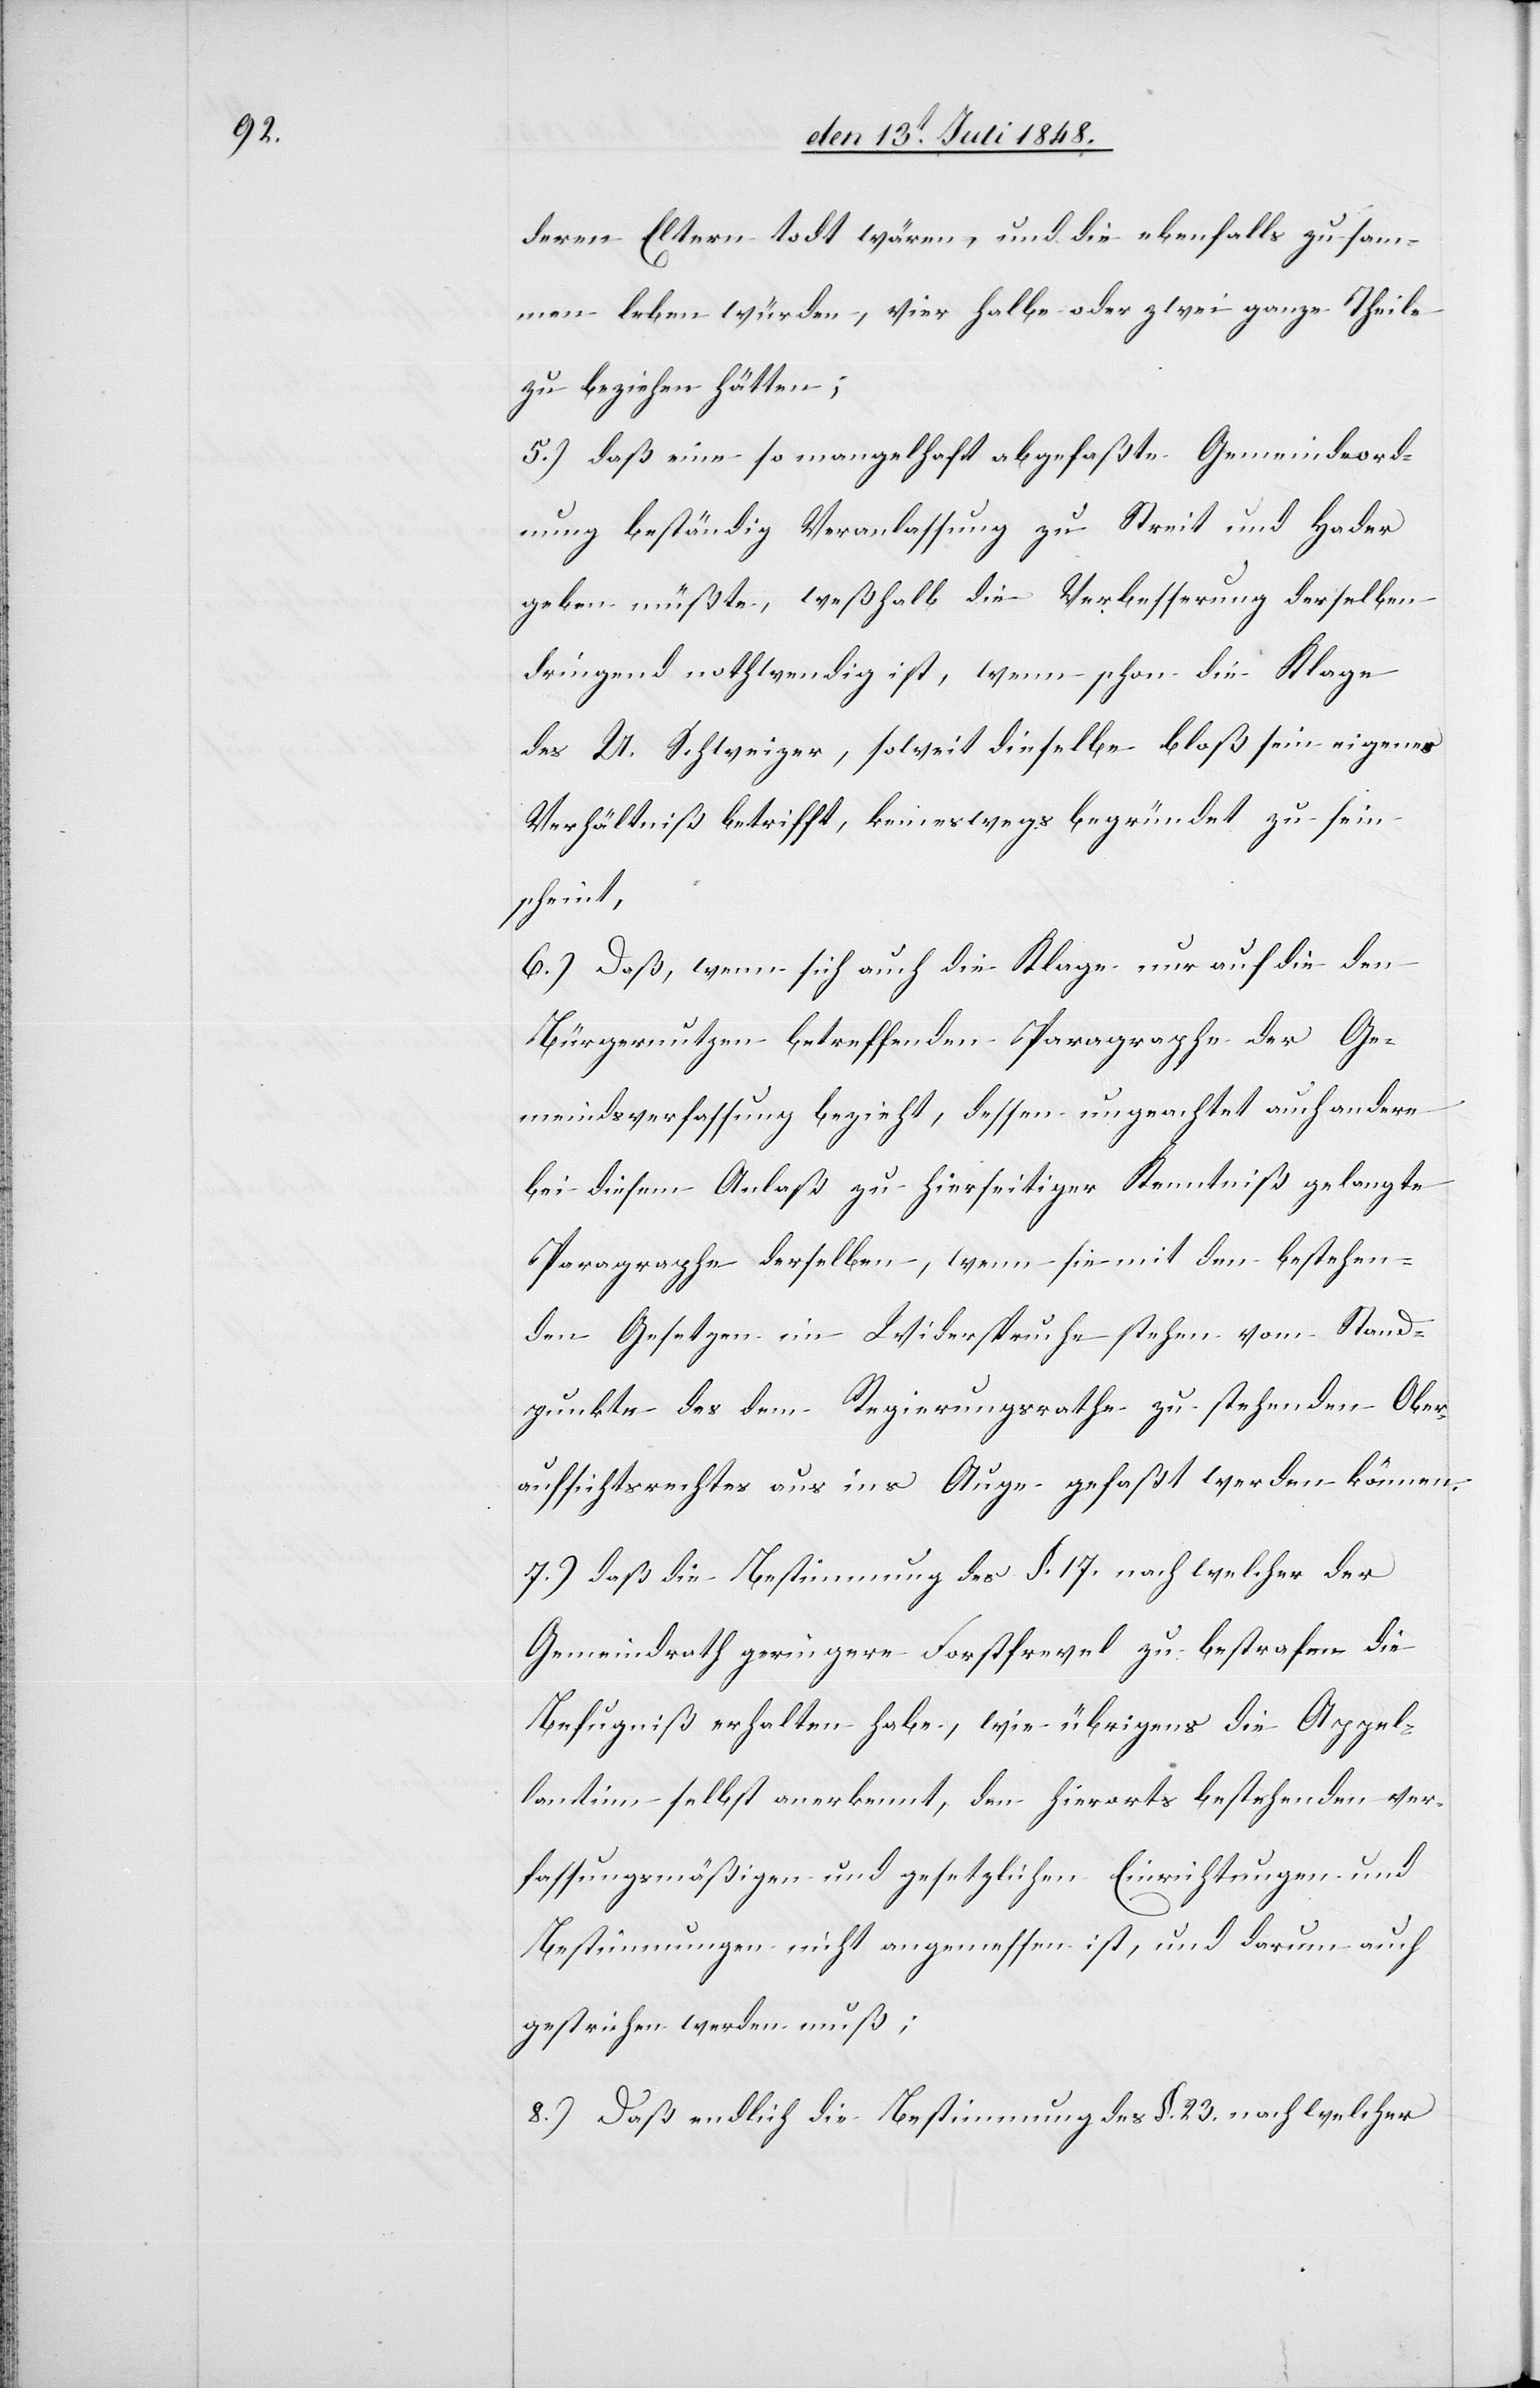
deren Eltern todt wären, und die ebenfalls zusam¬
men leben würden, vier halbe oder zwei ganze Theile
zu beziehen hätten.
5.) daß eine so mangelhaft abgefaßte Gemeindeord¬
nung beständig Veranlassung zu Streit und Hader
geben müßte, weßhalb die Verbesserung derselben
dringend nothwendig ist, wenn schon die Klage
des U. Schweizer, soweit dieselbe bloß sein eigenes
Verhältniß betrifft, keineswegs begründet zu sein
scheint,
6.) Daß, wenn sich auch die Klage nur auf die den
Bürgernutzen betreffenden Paragraphe der Ge¬
meindsverfassung bezieht, dessen ungeachtet auch andere
bei diesem Anlaß zu hierseitiger Kenntniß gelangte
Paragraphe derselben, wenn sie mit den bestehen¬
den Gesetzen im Widerspruche stehen vom Stand¬
punkte des dem Regierungsrathe zu stehenden Ober¬
aufsichtsrechtes aus ins Auge gefaßt werden können.
7.) daß die Bestimmung des §. 17. nach welcher der
Gemeindrath geringere Forstfrevel zu bestrafen die
Befugniß erhalten habe, wie übrigens die Appel¬
lantinn selbst anerkennt, den hierorts bestehenden ver¬
fassungsmäßigen und gesetzlichen Einrichtungen und
Bestimmungen nicht angemessen ist, und darum auch
gestrichen werden muß;
8.) Daß endlich die Bestimmung des §. 23. nach welcher